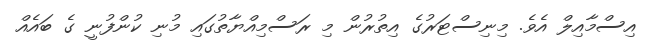
އިސްމާއިލް އެވެ. މިނިސްޓަރުގެ އިތުރުން މި ރަސްމިއްޔާތުގައި މުނި ކުންފުނީ ގެ ބައެއް